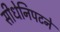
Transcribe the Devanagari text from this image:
सीधेनिपटने